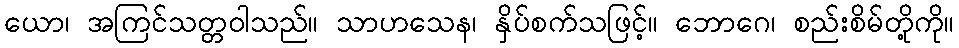
ယော၊ အကြင်သတ္တဝါသည်။ သာဟသေန၊ နှိပ်စက်သဖြင့်။ ဘောဂေ၊ စည်းစိမ်တို့ကို။